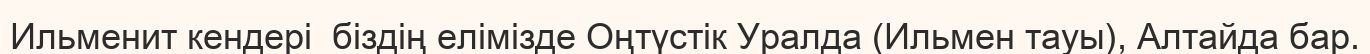
Ильменит кендері  біздің елімізде Оңтүстік Уралда (Ильмен тауы), Алтайда бар.